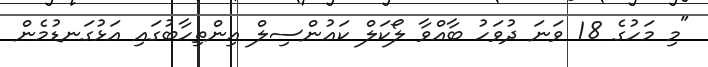
"މި މަހުގެ 18 ވަނަ ދުވަހު ބާއްވާ ލޯކަލް ކައުންސިލް އިންތިހާބުގައި އަޅުގަނޑުމެން